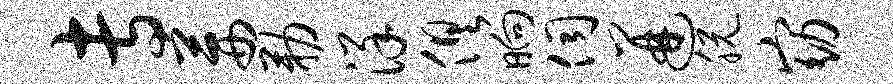
专茜勒详俱晌伺迸脱窈